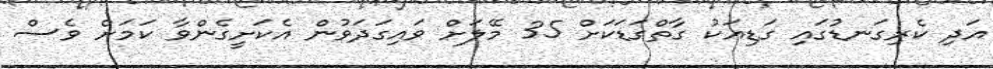
އަދި ކެރިގަނޑުގައި ގަޑިއަކު ގާތްގަޑަކަށް 35 މޭލަށް ވައިގަދަވުން އެކަށީގެންވާ ކަމަށް ވެސް